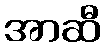
အာဆီ